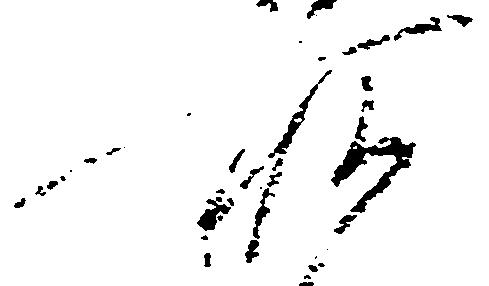
所